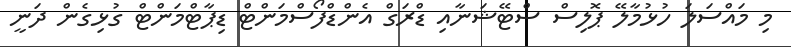
މި މައްސަލަ ހުޅުމާލޭ ޕޮލިސް ސްޓޭޝަނާއި ޑްރަގް އެންޑްފޯސްމަންޓް ޑިޕާޓްމަންޓް ގުޅިގެން ދަނީ